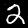
Digit: 2